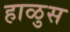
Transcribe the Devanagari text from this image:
हाळुस